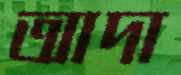
আদা